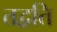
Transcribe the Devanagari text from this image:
तद्वति